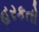
હરકતો